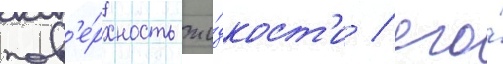
пов'е́рхность жи́дкост'и / его́